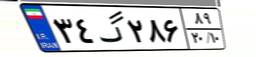
۳۴گ۲۸۶۸۹